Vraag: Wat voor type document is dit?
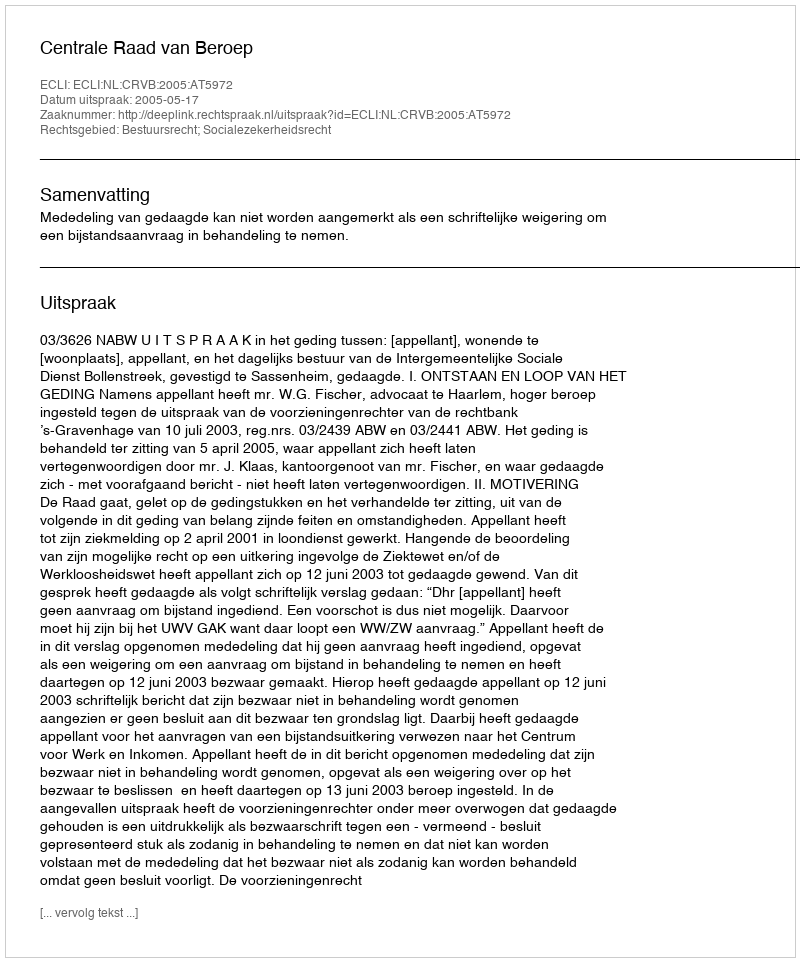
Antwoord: Uitspraak